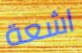
اشعة